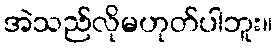
အဲသည်လိုမဟုတ်ပါဘူး။